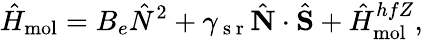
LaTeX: \hat{H}_{\mathrm{mol}}=B_{e}\hat{N}^{2}+\gamma_{\mathrm{~s~r~}}\hat{\mathbf{N}}\cdot\hat{\mathbf{S}}+\hat{H}_{\textrm{mol}}^{hfZ},